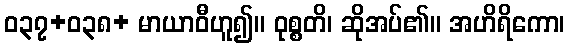
ဝ၃၇+၀၃၈+ မာယာဝီဟူ၍။ ဝုစ္စတိ၊ ဆိုအပ်၏။ အဟိရိကော၊